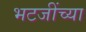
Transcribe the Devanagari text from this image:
भटजींच्या